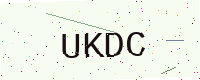
Text: UKDC